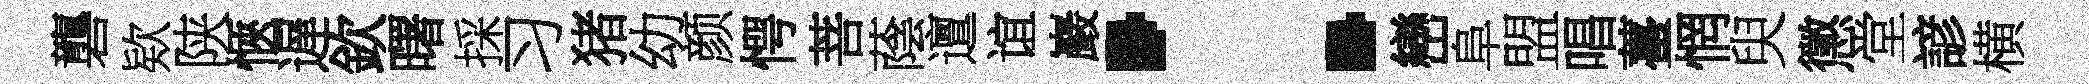
礱欵陕愜遅欽曙採习猪幼颜愕菩蔭邅谊巖：巒阜盟唱薹惘臾懲堂諺横